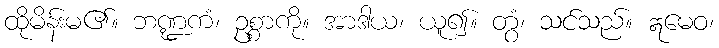
ထိုမိန်းမ၏။ ဘဏ္ဍကံ၊ ဥစ္စာကို။ အာဒါယ၊ ယူ၍။ တွံ၊ သင်သည်။ ဣမေဝ၊